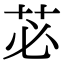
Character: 苾